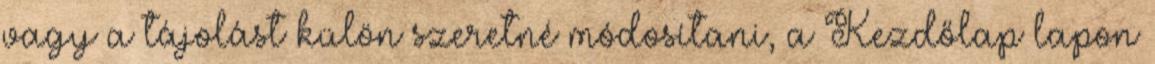
vagy a tájolást külön szeretné módosítani, a Kezdőlap lapon